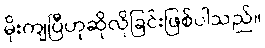
မိုးကျပြီဟုဆိုလိုခြင်းဖြစ်ပါသည်။